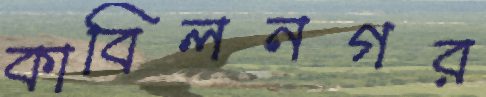
কাবিলনগর